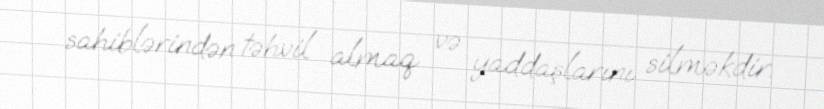
sahiblərindən təhvil almaq və yaddaşlarını silməkdir.